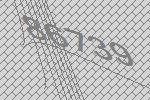
86739